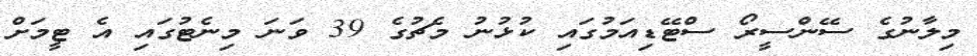
މިލާނުގެ ސޭންސީރޯ ސްޓޭޑިއަމުގައި ކުޅުނު މެޗުގެ 39 ވަނަ މިނެޓުގައި އެ ޓީމަށް